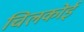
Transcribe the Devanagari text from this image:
चिलकोई